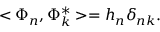
< \Phi _ { n } , \Phi _ { k } ^ { * } > = h _ { n } \delta _ { n k } .